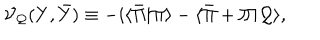
{ \cal V } _ { \cal Q } ( Y , \bar { Y } ) \equiv - i \langle \bar { \Pi } | \Pi \rangle - \langle \bar { \Pi } + \Pi | { \cal Q } \rangle ,